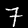
Digit: 7